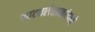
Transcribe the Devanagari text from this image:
नाट्यलेखकांमध्ये